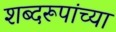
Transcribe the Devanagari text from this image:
शब्दरूपांच्या